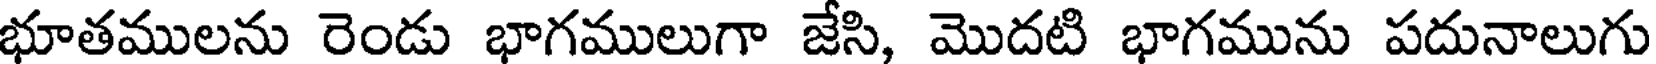
భూతములను రెండు భాగములుగా జేసి, మొదటి భాగమును పదునాలుగు